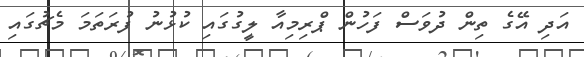
އަދި އޭގެ ތިން ދުވަސް ފަހުން ޕްރިމިއާ ލީގުގައި ކުޅުނު ފުރަތަމަ މެޗުގައި